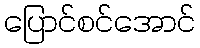
ပြောင်စင်အောင်